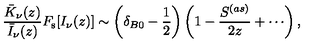
\frac { \bar { K } _ { \nu } ( z ) } { \bar { I } _ { \nu } ( z ) } F _ { \mathrm { s } } [ I _ { \nu } ( z ) ] \sim \left( \delta _ { B 0 } - \frac { 1 } { 2 } \right) \left( 1 - \frac { S ^ { ( a s ) } } { 2 z } + \cdots \right) ,